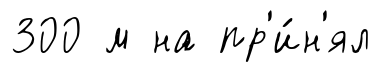
300 м на пр'и́н'ял